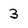
Character: 3